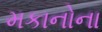
મકાનોના